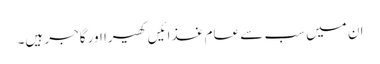
ان میں سب سے عام غذائیں کھیرا اور گاجر ہیں۔